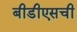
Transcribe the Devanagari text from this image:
बीडीएसची